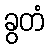
ခွတံ